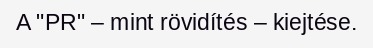
A "PR" – mint rövidítés – kiejtése.